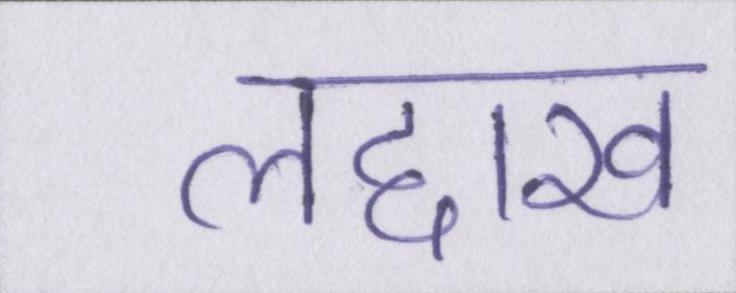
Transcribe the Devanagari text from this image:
लद्दाख